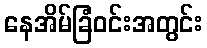
နေအိမ်ခြံဝင်းအတွင်း